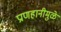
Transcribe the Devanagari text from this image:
प्राणहानीमुळे